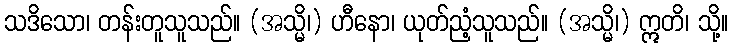
သဒိသော၊ တန်းတူသူသည်။ (အသ္မိ၊) ဟီနော၊ ယုတ်ညံ့သူသည်။ (အသ္မိ၊) ဣတိ၊ သို့။